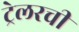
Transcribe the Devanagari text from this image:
ट्रेलरची